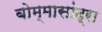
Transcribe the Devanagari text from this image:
बोम्मासांद्रा